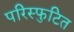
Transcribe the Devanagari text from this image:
परिस्फुटित